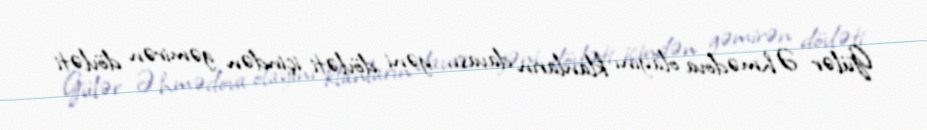
Gülər Əhmədova olayını klanların davası, yəni dövləti içindən gəmirən dövləti